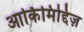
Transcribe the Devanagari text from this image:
आर्किमिद्दिज़